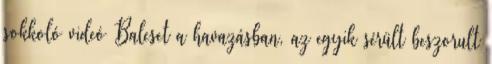
sokkoló videó Baleset a havazásban, az egyik sérült beszorult